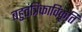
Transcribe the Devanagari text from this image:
बहुतंत्रिकाविकृति